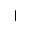
\mid